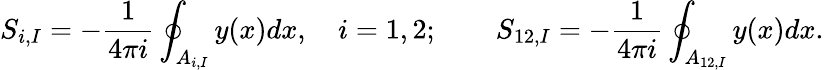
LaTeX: S_{i,I}=-\frac{1}{4\pi i}\oint_{A_{i,I}}y(x)dx,\quad i=1,2;\qquad S_{12,I}=-\frac{1}{4\pi i}\oint_{A_{12,I}}y(x)dx.